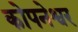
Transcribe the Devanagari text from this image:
कोपनेश्वर